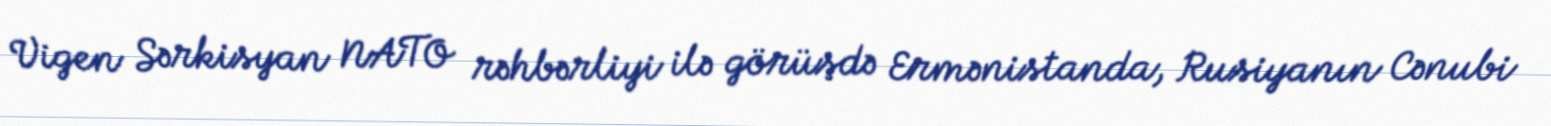
Vigen Sərkisyan NATO rəhbərliyi ilə görüşdə Ermənistanda, Rusiyanın Cənubi